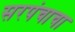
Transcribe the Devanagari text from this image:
सरपंचाचा